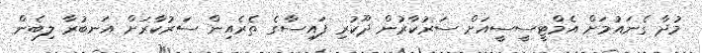
މުދާ ގެނައުމަށް އެމްޓީސީސީއަށް ސަރުކާރުން ދޫކުރި ފައިސާގެ ތެރެއިން ސަރުކާރަށް އަނބުރާ ލިބެން